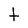
Character: t